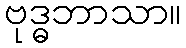
ဗုဒ္ဓဘာသာ။